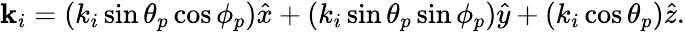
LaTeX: \mathbf{k}_{i}=(k_{i}\sin{\theta_{p}}\cos{\phi_{p}})\hat{x}+(k_{i}\sin{\theta_{p}}\sin{\phi_{p}})\hat{y}+(k_{i}\cos{\theta_{p}})\hat{z}.